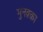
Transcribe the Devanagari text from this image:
मुनक़्क़ा